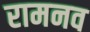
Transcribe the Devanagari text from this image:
रामनव